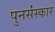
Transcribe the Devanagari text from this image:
पुनर्संस्कार